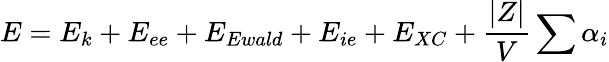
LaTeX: E=E_{k}+E_{ee}+E_{Ewald}+E_{ie}+E_{XC}+\frac{|Z|}{V}\sum\alpha_{i}